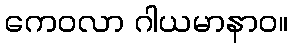
ကေဝလာ ဂါယမာနာဝ။